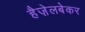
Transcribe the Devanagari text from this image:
हैज़ेलबेकर